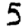
Digit: 5